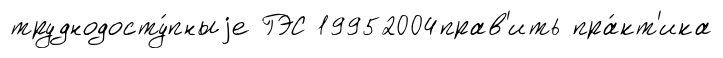
труднодосту́пныjе ГЭС 19952004прав'ить пра́кт'ика